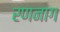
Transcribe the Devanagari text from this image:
रणनाग